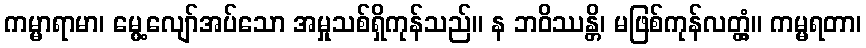
ကမ္မာရာမာ၊ မွေ့လျော်အပ်သော အမှုသစ်ရှိကုန်သည်။ န ဘဝိဿန္တိ၊ မဖြစ်ကုန်လတ္တံ့။ ကမ္မရတာ၊